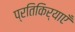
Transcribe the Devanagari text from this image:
प्रतिकिर्याएँ